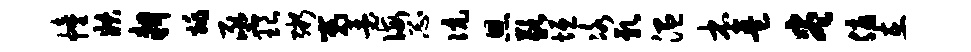
幢妖耕姚亟琅粥嵬瑟诲忐伉恩歉垣冰乳温本琶尽优在